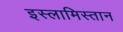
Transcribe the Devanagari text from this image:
इस्लामिस्तान